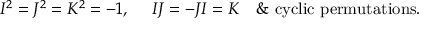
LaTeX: \begin{array} { l l } { { I ^ { 2 } = J ^ { 2 } = K ^ { 2 } = - 1 , \, \, \, } } & { { I J = - J I = K \, \, \, \, \, \, \& \, \, \mathrm { c y c l i c } \, \, \mathrm { p e r m u t a t i o n s } . } } \end{array}